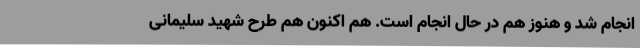
انجام شد و هنوز هم در حال انجام است. هم اکنون هم طرح شهید سلیمانی